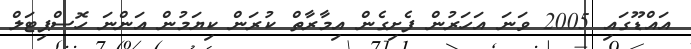
އައްޑޫގައި 2005 ވަނަ އަހަރުން ފެށިގެން އިމާރާތް ކުރަން ކިޔަމުން އަންނަ ހޮސްޕިޓަލް